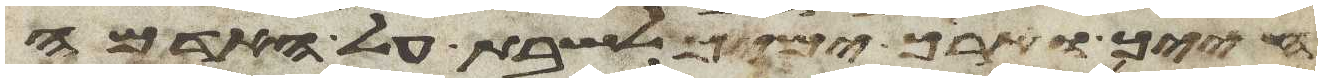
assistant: חייך וארך ימיך לשבת על האדמה